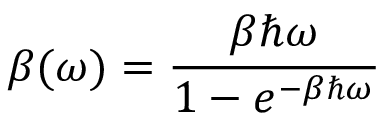
\beta ( \omega ) = \frac { \beta \hbar \omega } { 1 - e ^ { - \beta \hbar \omega } }